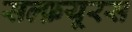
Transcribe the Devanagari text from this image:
सल्फ़यूरस